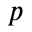
p